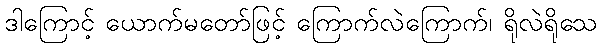
ဒါကြောင့် ယောက်မတော်ဖြင့် ကြောက်လဲကြောက်၊ ရိုလဲရိုသေ